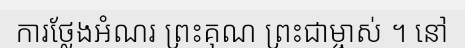
ការថ្លែងអំណរ ព្រះគុណ ព្រះជាម្ចាស់ ។ នៅ